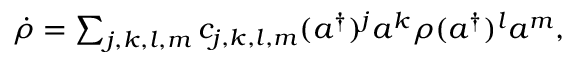
\begin{array} { r } { \dot { \rho } = \sum _ { j , k , l , m } c _ { j , k , l , m } ( a ^ { \dagger } ) ^ { j } a ^ { k } \rho ( a ^ { \dagger } ) ^ { l } a ^ { m } , } \end{array}